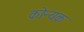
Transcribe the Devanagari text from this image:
कोन्यक